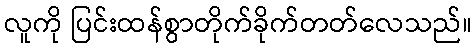
လူကို ပြင်းထန်စွာတိုက်ခိုက်တတ်လေသည်။